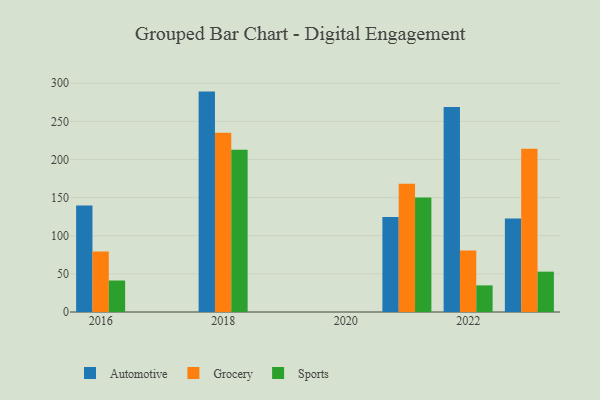
{"axis": {"x": "Year", "y": "Humidity (%)"}, "legend": ["Automotive", "Grocery", "Sports"], "data": [{"x": "2018", "y": 289.0, "type": "Automotive"}, {"x": "2018", "y": 235.2, "type": "Grocery"}, {"x": "2018", "y": 212.9, "type": "Sports"}, {"x": "2016", "y": 139.8, "type": "Automotive"}, {"x": "2016", "y": 79.4, "type": "Grocery"}, {"x": "2016", "y": 41.3, "type": "Sports"}, {"x": "2023", "y": 122.6, "type": "Automotive"}, {"x": "2023", "y": 213.9, "type": "Grocery"}, {"x": "2023", "y": 52.9, "type": "Sports"}, {"x": "2021", "y": 124.6, "type": "Automotive"}, {"x": "2021", "y": 168.3, "type": "Grocery"}, {"x": "2021", "y": 150.2, "type": "Sports"}, {"x": "2022", "y": 268.8, "type": "Automotive"}, {"x": "2022", "y": 80.7, "type": "Grocery"}, {"x": "2022", "y": 34.9, "type": "Sports"}]}